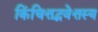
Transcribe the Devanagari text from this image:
किंचित्तद्भवेत्तस्य